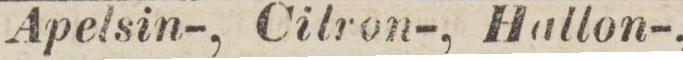
Apelsin-, Cilron-, Hallon-,